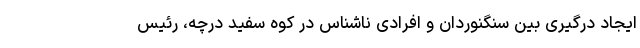
ایجاد درگیری بین سنگنوردان و افرادی ناشناس در کوه سفید درچه، رئیس